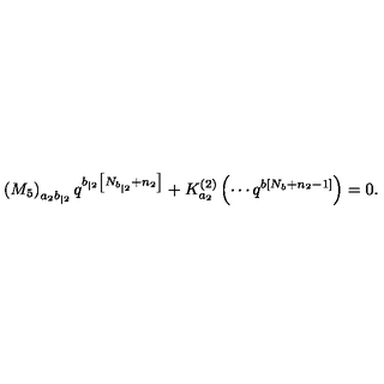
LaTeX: \left( M _ { 5 } \right) _ { a _ { 2 } b _ { | 2 } } q ^ { b _ { | 2 } \left[ N _ { b _ { | 2 } } + n _ { 2 } \right] } + K _ { a _ { 2 } } ^ { \left( 2 \right) } \left( \cdots q ^ { b \left[ N _ { b } + n _ { 2 } - 1 \right] } \right) = 0 .